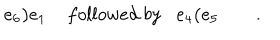
e _ { 6 } \mathbf { ) } e _ { 1 } \; f o l l o w e d \; b y e _ { 4 } \mathbf { ( } e _ { 5 } \quad \quad .